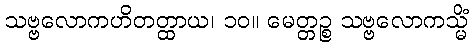
သဗ္ဗလောကဟိတတ္ထာယ၊ ၁၀။ မေတ္တဉ္စ သဗ္ဗလောကသ္မိံ